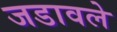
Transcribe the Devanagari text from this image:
जडावले